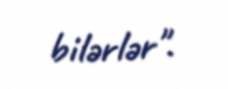
bilərlər".